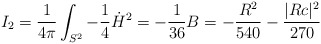
\begin{align*}I_2 = \frac{1}{4\pi}\int_{S^2} -\frac{1}{4} \dot H^2 = -\frac{1}{36}B = -\frac{R^2}{540} - \frac{|Rc|^2}{270}\end{align*}